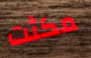
مكثت